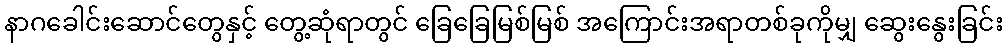
နာဂခေါင်းဆောင်တွေနှင့် တွေ့ဆုံရာတွင် ခြေခြေမြစ်မြစ် အကြောင်းအရာတစ်ခုကိုမျှ ဆွေးနွေးခြင်း